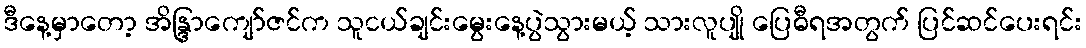
ဒီနေ့မှာတော့ အိန္ဒြာကျော်ဇင်က သူငယ်ချင်းမွေးနေ့ပွဲသွားမယ့် သားလူပျို ပြေဓီရအတွက် ပြင်ဆင်ပေးရင်း